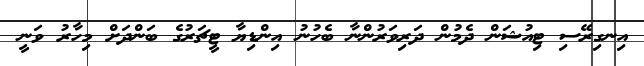
އިނގިރޭސި ޓިއުޝަން ދެމުން ދަރިވަރުންނާ ބެހުނު އިންޑިޔާ ޓީޗަރުގެ ބަންދަށް މިހާރު ވަނީ